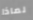
لماذا